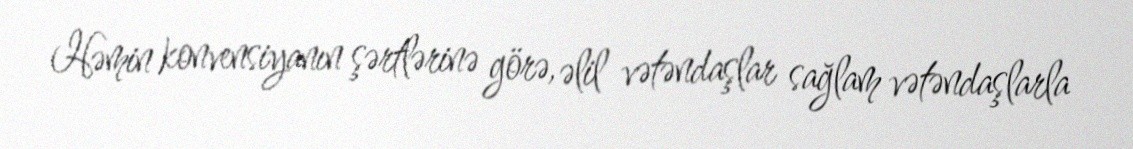
Həmin konvensiyanın şərtlərinə görə, əlil vətəndaşlar sağlam vətəndaşlarla